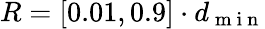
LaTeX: R=[0.01,0.9]\cdot d_{\mathrm{~m~i~n~}}